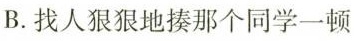
B.找人狠狠地揍那个同学一顿